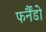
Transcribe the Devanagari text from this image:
फर्नैंडो